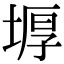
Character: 𡎋